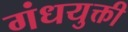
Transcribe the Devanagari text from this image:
गंधयुक्ती